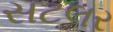
સટલર